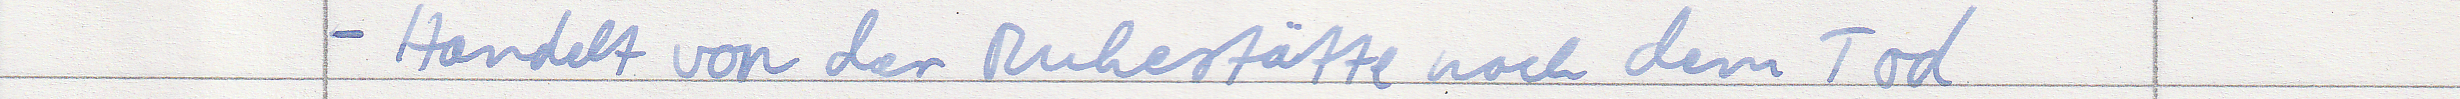
- Handelt von der Ruhestätte nach dem Tod